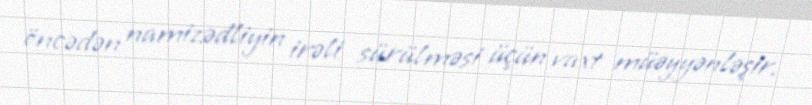
öncədən namizədliyin irəli sürülməsi üçün vaxt müəyyənləşir.